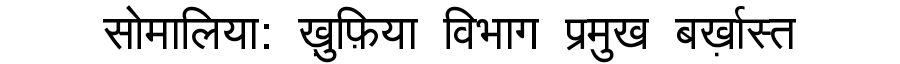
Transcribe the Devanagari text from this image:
सोमालिया: ख़ुफ़िया विभाग प्रमुख बर्ख़ास्त